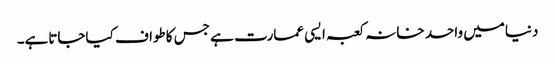
دنیامیں واحد خانہ کعبہ ایسی عمارت ہے جس کاطواف کیاجاتاہے۔